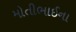
મોતીભાઈના